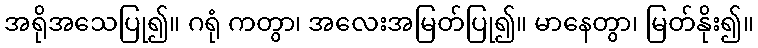
အရိုအသေပြု၍။ ဂရုံ ကတွာ၊ အလေးအမြတ်ပြု၍။ မာနေတွာ၊ မြတ်နိုး၍။